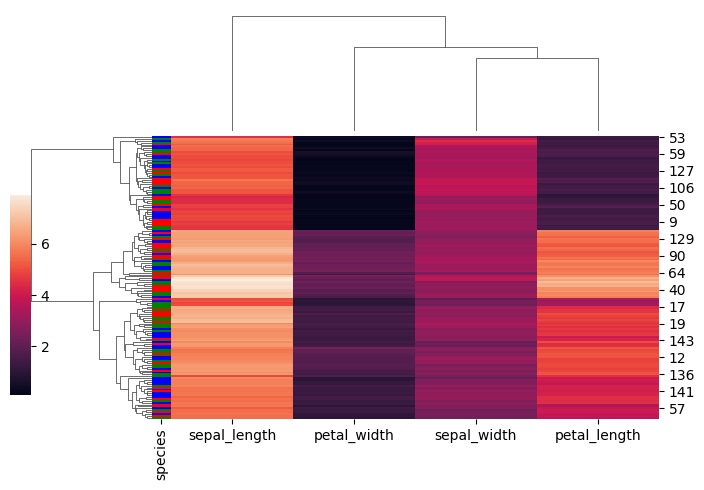
python, seaborn, clustermap, figsize=(7, 5), row_cluster=True, dendrogram_ratio=(0.2, 0.3), cbar_pos=(0, 0.2, 0.03, 0.4)